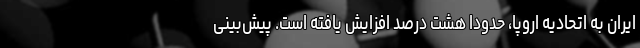
ایران به اتحادیه اروپا، حدودا هشت درصد افزایش یافته است. پیش‌بینی